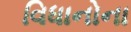
વિધાનોના